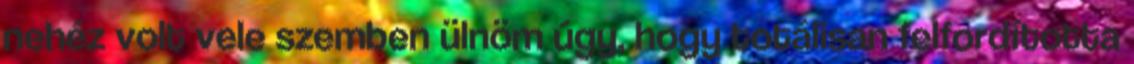
nehéz volt vele szemben ülnöm úgy, hogy totálisan felfordította